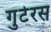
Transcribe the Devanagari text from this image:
गुटेरस